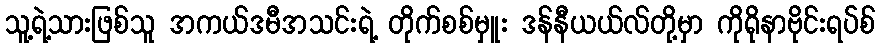
သူ့ရဲ့သားဖြစ်သူ အကယ်ဒမီအသင်းရဲ့ တိုက်စစ်မှူး ဒန်နီယယ်လ်တို့မှာ ကိုရိုနာဗိုင်းရပ်စ်